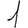
Digit: 1